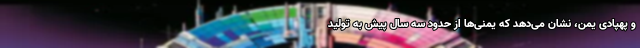
و پهپادی یمن، نشان می‌دهد که یمنی‌ها از حدود سه سال پیش به تولید